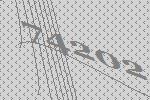
74202